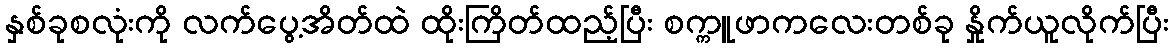
နှစ်ခုစလုံးကို လက်ပွေ့အိတ်ထဲ ထိုးကြိတ်ထည့်ပြီး စက္ကူဖာကလေးတစ်ခု နှိုက်ယူလိုက်ပြီး